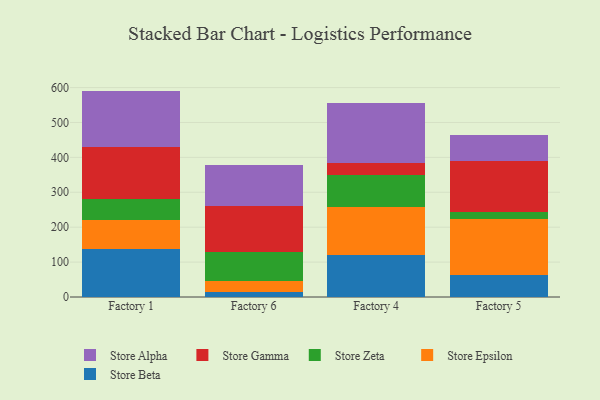
{"axis": {"x": "Factory", "y": "Temperature (°C)"}, "legend": ["Store Alpha", "Store Beta", "Store Epsilon", "Store Gamma", "Store Zeta"], "data": [{"x": "Factory 1", "y": 137.3, "type": "Store Beta"}, {"x": "Factory 1", "y": 84.7, "type": "Store Epsilon"}, {"x": "Factory 1", "y": 57.5, "type": "Store Zeta"}, {"x": "Factory 1", "y": 151.1, "type": "Store Gamma"}, {"x": "Factory 1", "y": 160.0, "type": "Store Alpha"}, {"x": "Factory 6", "y": 15.5, "type": "Store Beta"}, {"x": "Factory 6", "y": 29.7, "type": "Store Epsilon"}, {"x": "Factory 6", "y": 82.4, "type": "Store Zeta"}, {"x": "Factory 6", "y": 132.7, "type": "Store Gamma"}, {"x": "Factory 6", "y": 117.3, "type": "Store Alpha"}, {"x": "Factory 4", "y": 119.7, "type": "Store Beta"}, {"x": "Factory 4", "y": 138.4, "type": "Store Epsilon"}, {"x": "Factory 4", "y": 91.5, "type": "Store Zeta"}, {"x": "Factory 4", "y": 33.6, "type": "Store Gamma"}, {"x": "Factory 4", "y": 172.0, "type": "Store Alpha"}, {"x": "Factory 5", "y": 63.3, "type": "Store Beta"}, {"x": "Factory 5", "y": 160.7, "type": "Store Epsilon"}, {"x": "Factory 5", "y": 19.3, "type": "Store Zeta"}, {"x": "Factory 5", "y": 146.0, "type": "Store Gamma"}, {"x": "Factory 5", "y": 74.5, "type": "Store Alpha"}]}